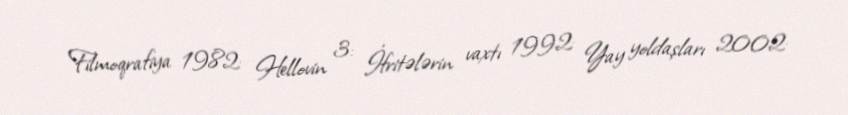
Filmoqrafiya 1982: Hellovin 3: İfritələrin vaxtı 1992: Yay yoldaşları 2002: